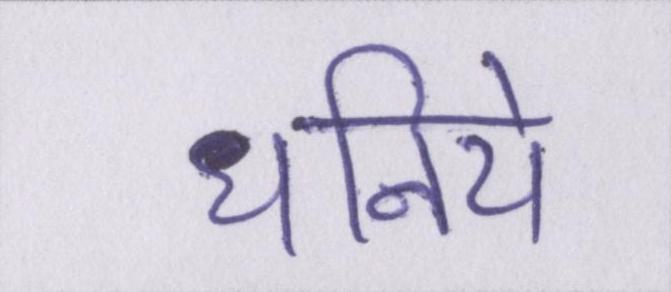
धनिये